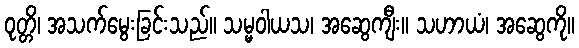
ဝုတ္တိ၊ အသက်မွေးခြင်းသည်။ သမ္မဝါယသ၊ အဆွေကျီး။ သဟာယံ၊ အဆွေကို။